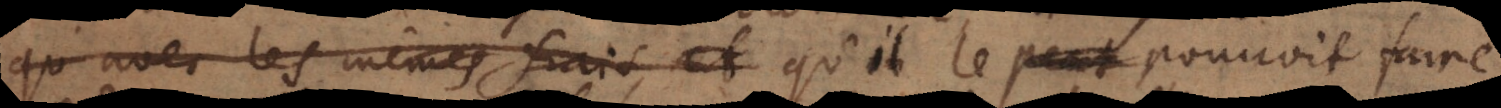
qu’avec les mêmes frais, et qu’il le peut pouvoit faire